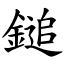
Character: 鎚